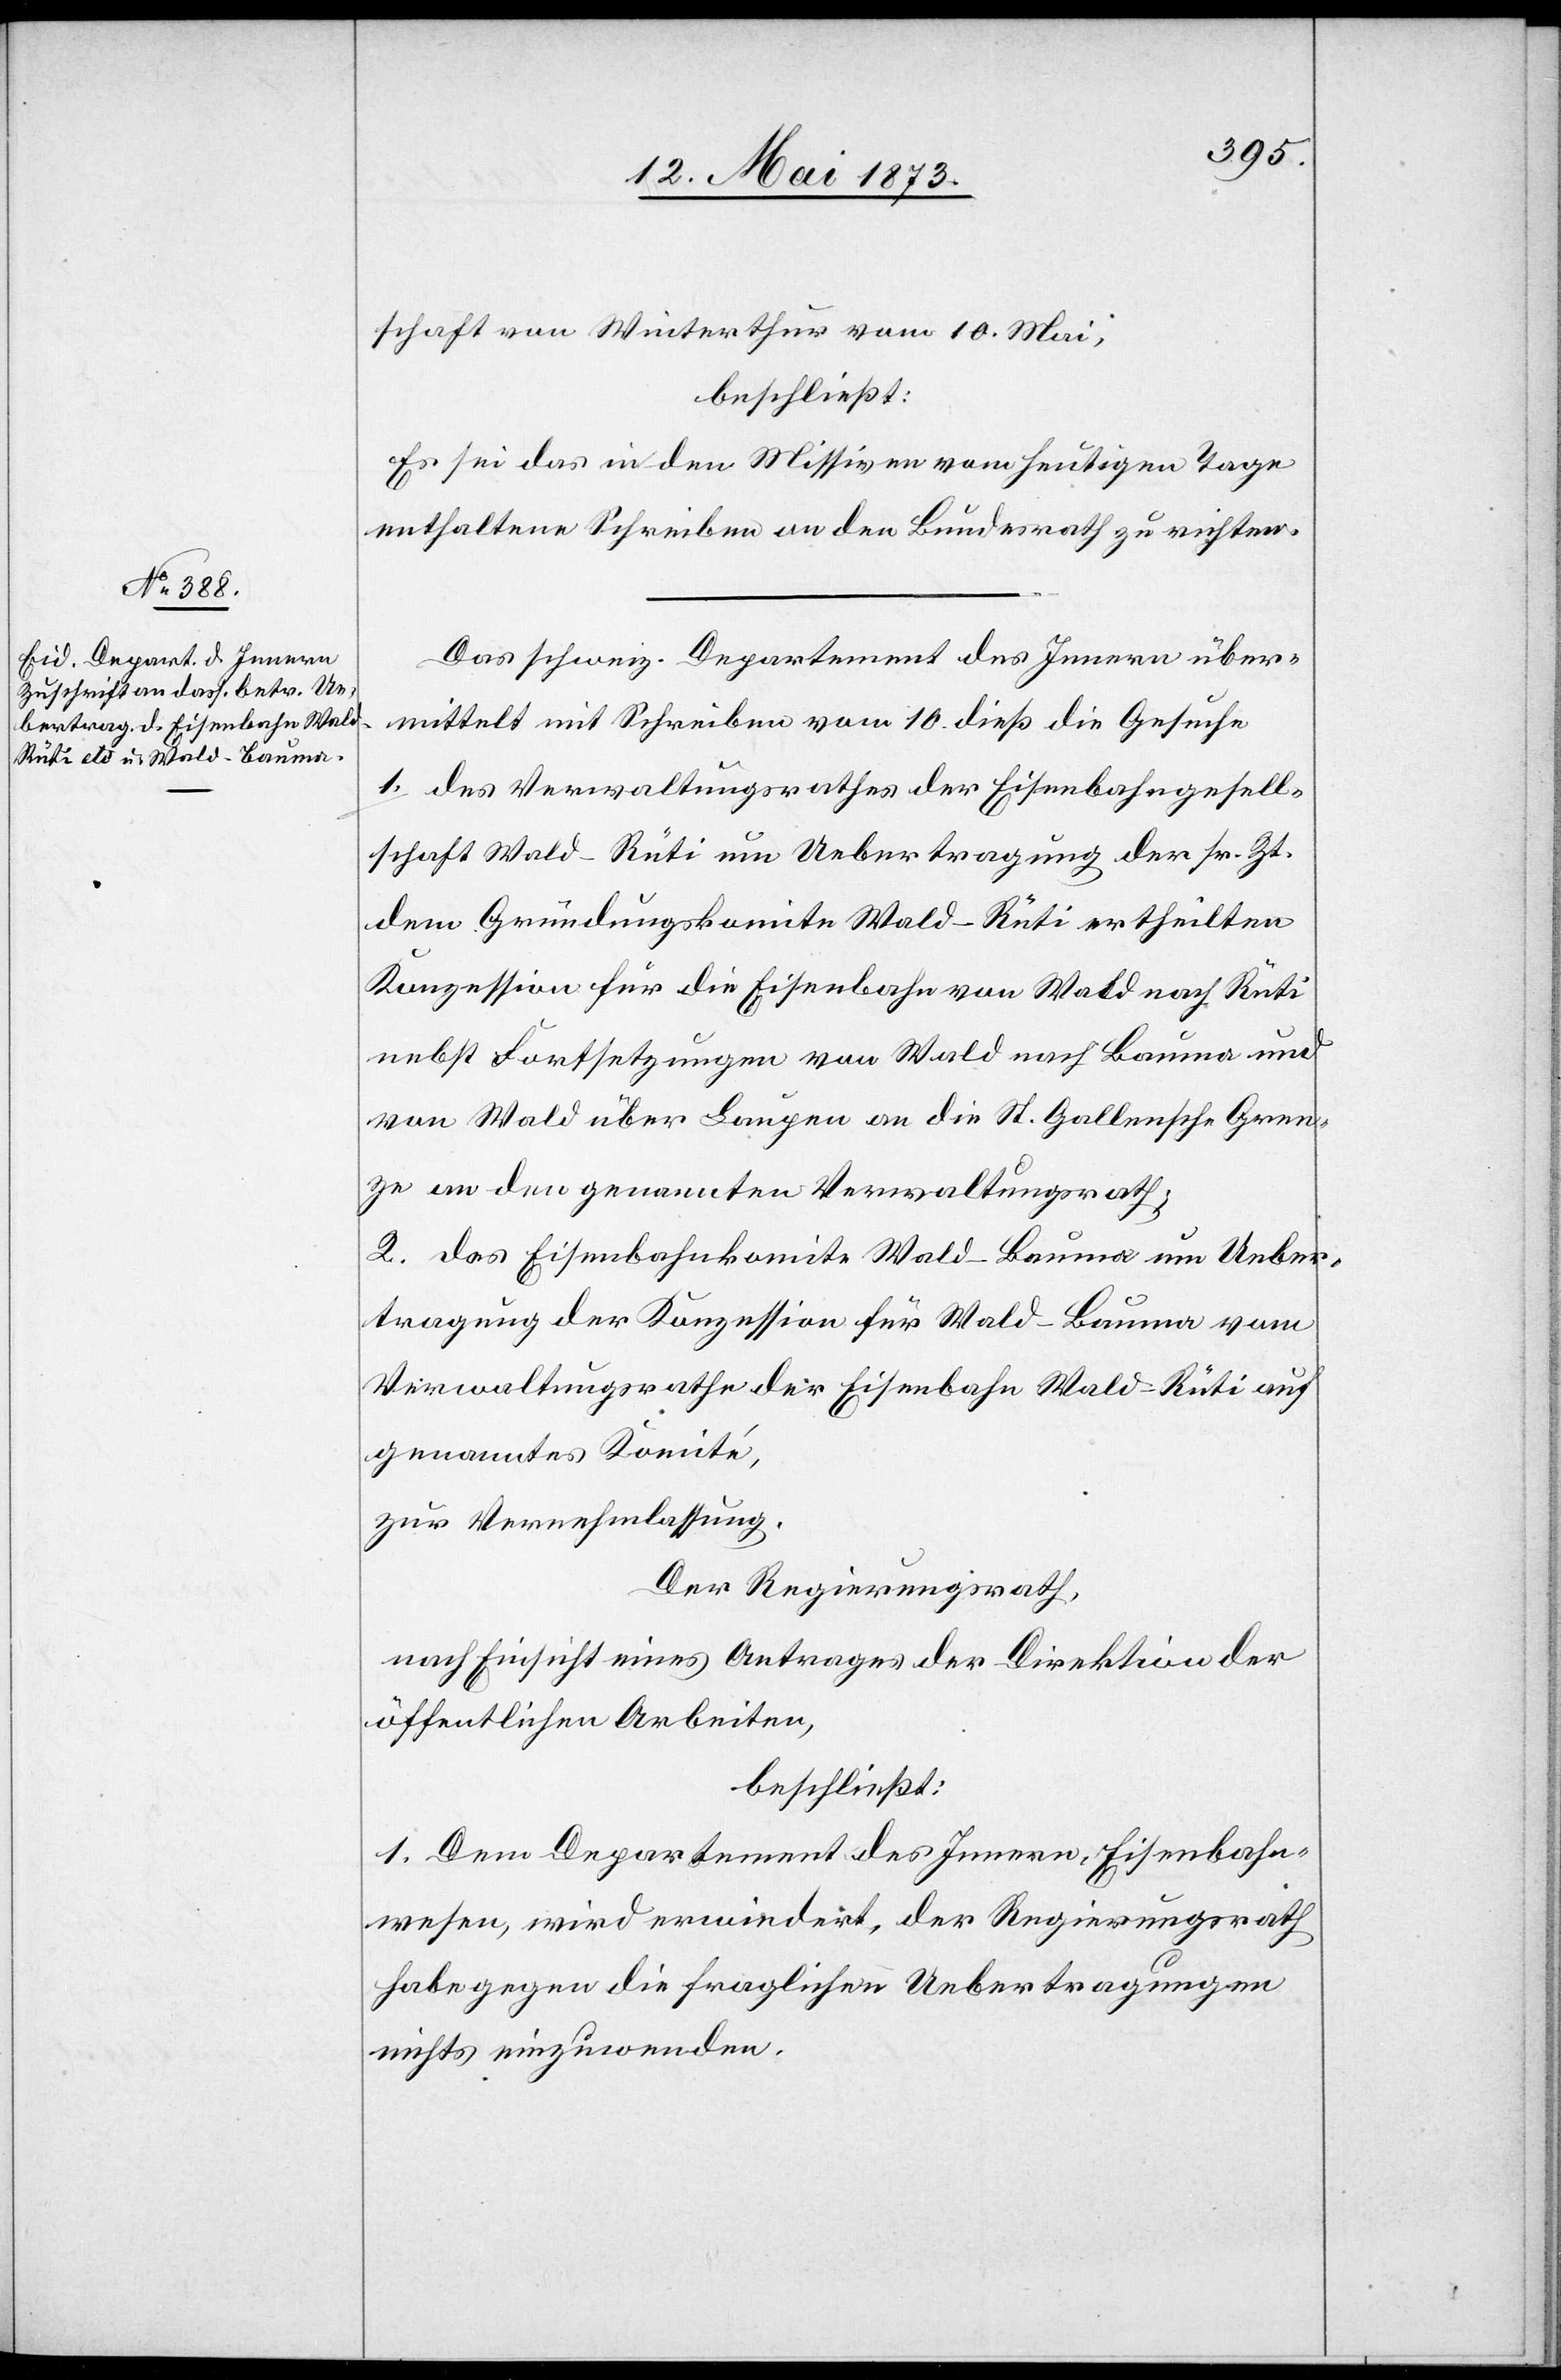
14. Mai 1873.]
schaft von Winterthur vom 10. Mai,
beschließt:
Es sei das in den Missiven vom heutigen Tage
enthaltene Schreiben an den Bundesrath zu richten.
Das schweiz. Departement des Innern über¬
mittelt mit Schreiben vom 10. dieß die Gesuche
1. des Verwaltungsrathes der Eisenbahngesell¬
schaft Wald–Rüti um Uebertragung der sr. Zt.
dem Gründungskomite Wald–Rüti ertheilten
Konzession für die Eisenbahn von Wald nach Rüti
nebst Fortsetzungen von Wald nach Bauma und
von Wald über Laupen an die St. Gallensche Gren¬
ze an den genannten Verwaltungsrath;
2. des Eisenbahnkomite Wald–Bauma um Ueber¬
tragung der Konzession für Wald–Bauma vom
Verwaltungsrathe der Eisenbahn Wald–Rüti auf
genanntes Komité,
zur Vernehmlassung.
Der Regierungsrath,
nach Einsicht eines Antrages der Direktion der
öffentlichen Arbeiten,
beschließt:
1. Dem Departement des Innern, Eisenbahn¬
wesen, wird erwiedert, der Regierungsrath
habe gegen die fraglichen Uebertragungen
nichts einzuwenden.